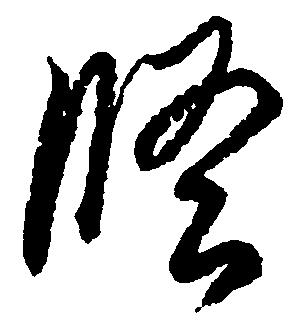
修